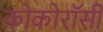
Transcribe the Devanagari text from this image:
कोकोरॉसी